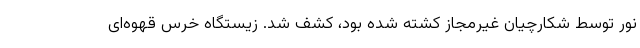
نور توسط شکارچیان غیرمجاز کشته شده بود، کشف شد. زیستگاه خرس قهوه‌ای